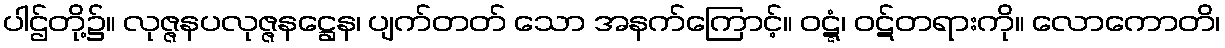
ပါဌ်တို့၌။ လုဇ္ဇနပလုဇ္ဇနဋ္ဌေန၊ ပျက်တတ် သော အနက်ကြောင့်။ ဝဋ္ဋံ၊ ဝဋ်တရားကို။ လောကောတိ၊